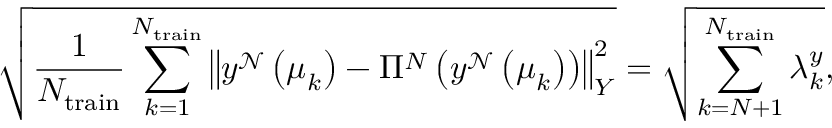
\sqrt { \frac { 1 } { N _ { \mathrm { t r a i n } } } \sum _ { k = 1 } ^ { N _ { \mathrm { t r a i n } } } \left\| y ^ { \mathcal { N } } \left( \boldsymbol { \mu } _ { k } \right) - \Pi ^ { N } \left( y ^ { \mathcal { N } } \left( \boldsymbol { \mu } _ { k } \right) \right) \right\| _ { { Y } } ^ { 2 } } = \sqrt { \sum _ { k = N + 1 } ^ { N _ { \mathrm { t r a i n } } } \lambda _ { k } ^ { y } } ,